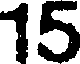
15